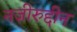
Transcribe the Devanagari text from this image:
नज़ीरुद्दीन